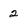
Character: 2